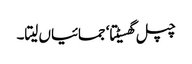
چپل گھسیٹتا‘ جمائیاں لیتا۔